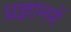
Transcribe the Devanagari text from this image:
प्रज्ञानमें